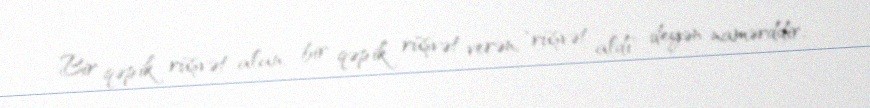
Bir qəpik rüşvət alan, bir qəpik rüşvət verən, "rüşvət aldı" deyən namərddir,